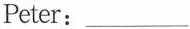
Peter:___